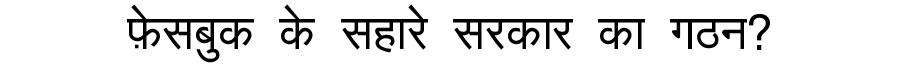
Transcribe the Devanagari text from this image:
फ़ेसबुक के सहारे सरकार का गठन?